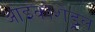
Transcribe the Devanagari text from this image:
आइकोशेड्रल